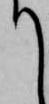
て